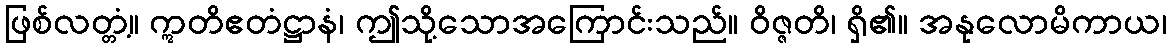
ဖြစ်လတ္တံ့။ ဣတိဧတံဋ္ဌာနံ၊ ဤသို့သောအကြောင်းသည်။ ဝိဇ္ဇတိ၊ ရှိ၏။ အနုလောမိကာယ၊